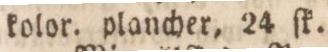
kolor. plancher, 24 ſk.